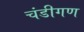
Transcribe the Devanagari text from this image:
चंडीगण